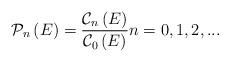
LaTeX: \begin{align*}\mathcal{P}_{n}\left( E\right) =\frac{\mathcal{C}_{n}\left( E\right) }{\mathcal{C}_{0}\left( E\right) }n=0,1,2,... \end{align*}